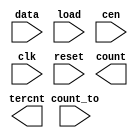
////////////////////////////////////////////////////////////////////////////////
//
//       This confidential and proprietary software may be used only
//     as authorized by a licensing agreement from Synopsys Inc.
//     In the event of publication, the following notice is applicable:
//
//                    (C) COPYRIGHT 1994 - 2018 SYNOPSYS INC.
//                           ALL RIGHTS RESERVED
//
//       The entire notice above must be reproduced on all authorized
//     copies.
//
//
// VERSION:   Simulation Architecture
//
// DesignWare_version: 848ae855
// DesignWare_release: O-2018.06-DWBB_201806.3
//
////////////////////////////////////////////////////////////////////////////////
//-----------------------------------------------------------------------------------
//
// ABSTRACT:  LFSR Counter with Dynamic Count-to Flag
//           Programmable wordlength (width in integer range 1 to 50)
//           positive edge-triggering clock: clk
//           asynchronous reset(active low): reset
//           count state : count
//           when reset = '0' , count <= "000...000"
//           counter state 0 to 2**width-2, "111...111" illegal state
//
// MODIFIED:
//
//           RJK Jun. 16th, 2015
//           changed for compatibility with VCS Native Low Power
//
//           GN  Feb. 16th, 1996
//           changed dw03 to DW03
//           remove $generic and $end_generic
//           defined parameter width = 8
//------------------------------------------------------------------------------

module DW03_lfsr_dcnto
 (data, count_to, load, cen, clk, reset, count, tercnt);

  parameter integer width = 8 ;
  input [width-1 : 0] data;
  input [width-1 : 0] count_to;
  input load, cen, clk, reset;
  output [width-1 : 0] count;
  output tercnt;

  // synopsys translate_off

  reg right_xor, shift_right, tc;
  reg [width-1 : 0] q, de, d;

`ifdef UPF_POWER_AWARE
`protected
)9\ALdD@9g#4;?8g1cA<aM5Z-=GFNf>Y=_U2f2CDR-JH3_Y9&dWT4)PcCWJ<C+/I
7^,DS_0>O/eM7c8eYa/KI+=E&R-JD,,/3VDZ-)O92fdLeYWBDCTN31a=XKW^;U6S
/2>[Xe=/>U3B_\BZ7IBQ/]Bd#[^RT59Dgf&?dVEM,KcYF&7M_Jf&E[5BBE<19&b9
=OTN8gdTD1?<LeQ\FH,Y8BSF3^IHg+\La>2NFPCaS.>)C3<004.WaZ8;X.Ogc>B>
-^VM4;#W?:Ma5,K#Y@RX./-R+2I7.EEQJYR-B_TIV/g3.\R@6PO.92&016D7HRaG
J1?SWA5VUDDNMHRCKd9;T(E4JJ;N6>11?:gbVTS=E8TgO#=18=K6B(3--CR.0L\8
P@K]9&NRI??(Y(9;)c[,g^gQ-Mg8.1^.>YeYH(f_[11XD3X8ZgV-A=X=YH:VD.@[
TLKPPcP2X,b8BS^9aM]6OBY<80Z@JRDb7+BHXROV3S)R/[VfL63X94X&:?6_9R#^
SRaKH[6b310YAO6,@ODWDJ^Y=fDJKGVD6Mb.XVWKTBQeOKJRA=H:_d0G:.>F-ff;
7ISN-_)R/&81Q\a&aY>H@432-0feX;JOea[.;gXa5IeYKYAQ16V8.UU7A@?VH..V
C74:I(0Wa+Ua2H4e8N\-a=cLaQ@XLdQ-2a5O/ff-5g<,I4)Sa=ee?0L_U@71#/aE
)@^&_B<>gS:Z0&#\5?T@XeUb=J08\Saa,H8(@>Cc_KdeD\SA#OM,4JBGd4^7cI46
/)X=JFN-?S@[EVZ4^A3R0G@?DS@^670S;#W4=K;9[a<CaYQP[Ugf).H^24C5)&Y-
S7T;&U\AEXeKVK@<DQ58)+T:;)&9@X-f&R0bR7?V-:UTGaC2_V.E40S-Z&/4U0:1
X:XZ\5CAHd]K+g8>VA@8@/f2cK8CeDg^=@U>.)<(R,N]gY3?\W5YT62/&1b\]>=>
X[AFGIPV_)GbU/:IXMPW^^0T\E,^FM.b_TXSY0#,SQAI/?AKE6.#V-5M<CN2>,UE
V,.R8d2BcR&PCV32.DNd().S+dT,SILe?GLFO:@C\b1:=1YJfGT7f/ING?&4g-7S
91gcJ7K\&e6GDKaVZN5KS<8dVEIY,VI6Qc.&HG#//-3NKUPRNgUP#)@@RI9a@b7e
-4CB5TU1^6Ic(C]M<S(&+AE1>=<A:g/(RD=\#N.Ub20H@^a\?YUYB/6b._D8(6Va
Kf]Q7U^FNNNC/J]+LKILXIBIYA7HZeJZ=WFW.FSWYB::=LS@,TU[\;N\NUP7H761
gf?Ed(N87FaX();L)3-&HCEa<CWA\^>4/CAXTcQ^?Wd\.I(@b-?9N/>#-,dUd?ET
(RPLYGRB<[f06K++6)[,@OO76;LGe:A-F?1Od3W_9_@;6UFJ57eP_)I3B;:#8>5W
c[]d-BZ3Tcb6_/:?=>_Ba@X^g>Yge^DXdC?GYHGd]#Hce\+@@:RKI5KeQ&F2I2-(
[7#]WLe?_>L;6Ef07+-;<&./g;N><2]#+<RAQ=X[#V4E]NB_7I#Bf_1(:JPa;:]P
M+W+7S1ARI1/NHc\.OK.0ZL_dV^152ede3]IG<VIdf0@6:NV\N]1d/DO#ASXJPX>
5B-He?PTN?\+N1Sa?&gZY5I:OYSQ-NOI2?H<<LGD;/)@.C+C68QBeQ//2cOJ)5dF
X71M(0MZI:.K+_Xa\G,P-=>eWTSF\.95U]dWbMK6U+bd_7ME@dg8D@^A?7BJ(5<c
)#YQ=QK5B7<:MJ@5+E,/<bL4eAWWB8&]eM]NK(H\8\@,CL]Z.1G-S50=09:7g(:G
_[,>32f3d[PTa1+?Rc0?cQT:/,E8GTX85IC(6BRHT3],D$
`endprotected

`else
  reg [width-1 : 0] p;
`endif

  function [width-1 : 0] shr;
    input [width-1 : 0] a;
    input msb;
    reg [width-1 : 0] b;
    begin
      b = a >> 1;
      b[width-1] = msb;
      shr = b;
    end
  endfunction

  assign count = q;
  assign tercnt = tc;

`ifndef UPF_POWER_AWARE
  initial
    begin
    case (width)
      1: p = 1'b1;
      2,3,4,6,7,15,22: p = 'b011;
      5,11,21,29,35: p = 'b0101;
      10,17,20,25,28,31,41: p = 'b01001;
      9,39: p = 'b010001;
      23,47: p = 'b0100001;
      18: p = 'b010000001;
      49: p = 'b01000000001;
      36: p = 'b0100000000001;
      33: p = 'b010000000000001;
      8,38,43: p = 'b01100011;
      12: p = 'b010011001;
      13,45: p = 'b011011;
      14: p = 'b01100000000011;
      16: p = 'b0101101;
      19: p = 'b01100011;
      24: p = 'b011011;
      26,27: p = 'b0110000011;
      30: p = 'b011000000000000011;
      32,48: p = 'b011000000000000000000000000011;
      34: p = 'b01100000000000011;
      37: p = 'b01010000000101;
      40: p = 'b01010000000000000000101;
      42: p = 'b0110000000000000000000011;
      44,50: p = 'b01100000000000000000000000011;
      46: p = 'b01100000000000000000011;
      default p = 'bx;
    endcase
    end
`endif

  always
    begin: proc_shr
      right_xor = (width == 1) ? ~ q[0] : ^ (q & p);
      shift_right = ~ right_xor;
      @q;
    end // proc_shr

  always
    @(load or cen or shift_right or q or data)
    begin
      de = load ? shr(q,shift_right) : data;
      d = cen ? de : q;
    end

  always @(posedge clk or negedge reset) 
    begin
      if (reset === 1'b0) 
        begin 
          q <= 0;
	end
      else 
	begin
          q <= d;
	end
    end

  always @(count_to or q) tc = count_to == q;

  //---------------------------------------------------------------------------
  // Parameter legality check
  //---------------------------------------------------------------------------
  
 
  initial begin : parameter_check
    integer param_err_flg;

    param_err_flg = 0;
    
    
    if ( (width < 1) || (width > 50) ) begin
      param_err_flg = 1;
      $display(
	"ERROR: %m :\n  Invalid value (%d) for parameter width (legal range: 1 to 50)",
	width );
    end
  
    if ( param_err_flg == 1) begin
      $display(
        "%m :\n  Simulation aborted due to invalid parameter value(s)");
      $finish;
    end

  end // parameter_check 


  // synopsys translate_on

endmodule // DW03_lfsr_dcnto